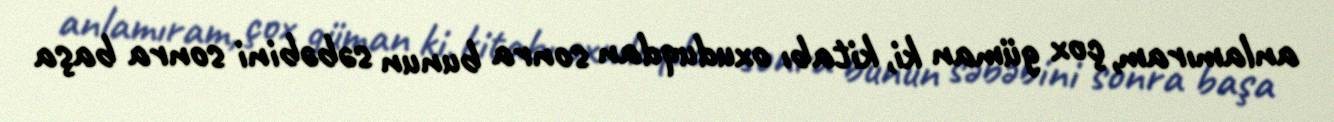
anlamıram, çox güman ki, kitabı oxuduqdan sonra bunun səbəbini sonra başa